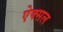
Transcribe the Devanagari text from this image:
ऐक्सल